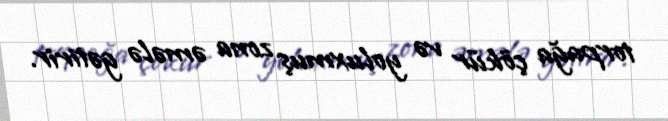
torpağa çökür və yoluxmuş zona əmələ gətirir.